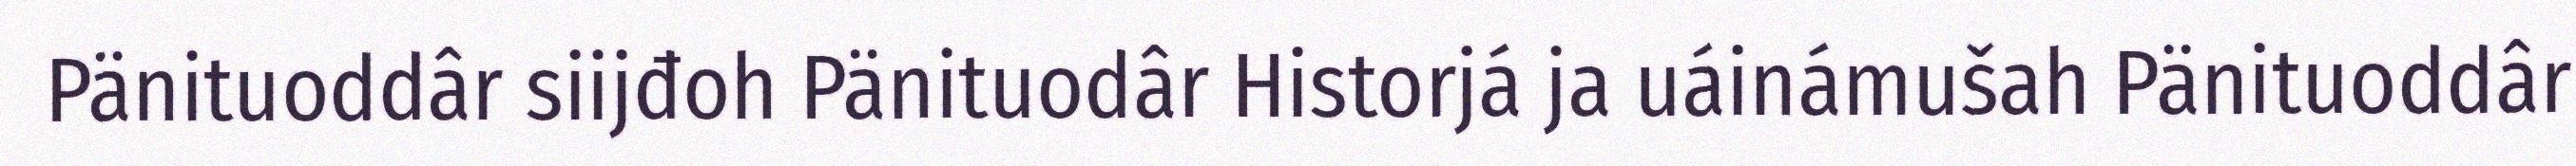
Pänituoddâr siijđoh Pänituodâr Historjá ja uáinámušah Pänituoddâr